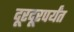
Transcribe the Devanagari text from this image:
दूरदूरपर्यंत